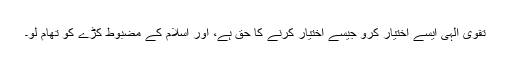
تقوی الہی ایسے اختیار کرو جیسے اختیار کرنے کا حق ہے، اور اسلام کے مضبوط کڑے کو تھام لو۔